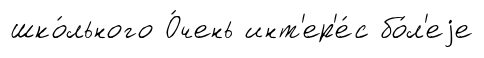
шко́льного О́чень инт'ер'е́с бо́л'еjе